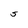
Character: S